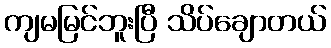
ကျမမြင်ဘူးပြီ သိပ်ချောတယ်